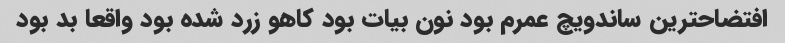
افتضاحترین ساندویچ عمرم بود نون بیات بود کاهو زرد شده بود واقعا بد بود